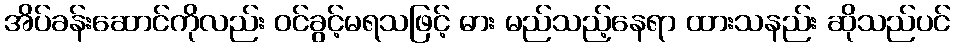
အိပ်ခန်းဆောင်ကိုလည်း ဝင်ခွင့်မရသဖြင့် ဓား မည်သည့်နေရာ ထားသနည်း ဆိုသည်ပင်